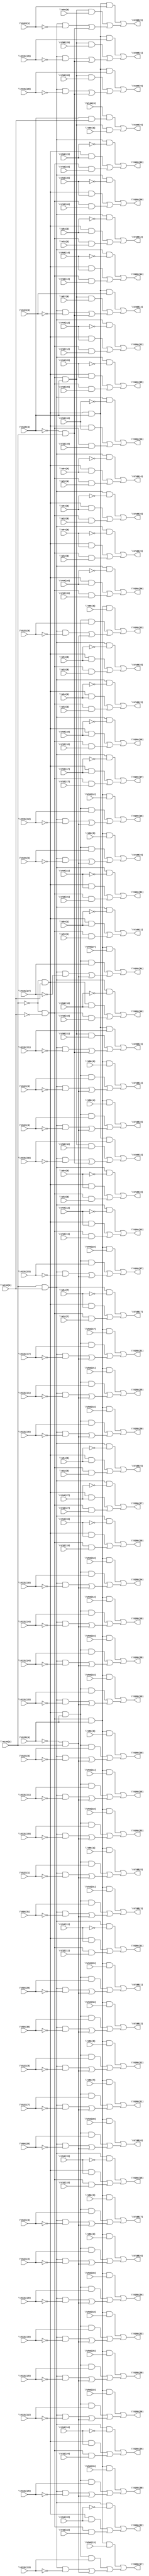
// IWLS benchmark module "i6" printed on Wed May 29 17:26:49 2002
module i6(\V138(0) , \V138(2) , \V32(27) , \V32(26) , \V32(25) , \V32(24) , \V32(23) , \V32(22) , \V32(21) , \V32(20) , \V32(19) , \V32(18) , \V32(17) , \V32(16) , \V32(15) , \V32(14) , \V32(13) , \V32(12) , \V32(11) , \V32(10) , \V32(9) , \V32(8) , \V32(7) , \V32(6) , \V32(5) , \V32(4) , \V32(3) , \V32(2) , \V32(1) , \V32(0) , \V64(27) , \V64(26) , \V64(25) , \V64(24) , \V64(23) , \V64(22) , \V64(21) , \V64(20) , \V64(19) , \V64(18) , \V64(17) , \V64(16) , \V64(15) , \V64(14) , \V64(13) , \V64(12) , \V64(11) , \V64(10) , \V64(9) , \V64(8) , \V64(7) , \V64(6) , \V64(5) , \V64(4) , \V64(3) , \V64(2) , \V64(1) , \V64(0) , \V96(27) , \V138(4) , \V96(26) , \V96(25) , \V96(24) , \V96(23) , \V96(22) , \V96(21) , \V96(20) , \V96(19) , \V96(18) , \V96(17) , \V96(16) , \V96(15) , \V96(14) , \V96(13) , \V96(12) , \V96(11) , \V96(10) , \V96(9) , \V96(8) , \V96(7) , \V96(6) , \V96(5) , \V96(4) , \V96(3) , \V96(2) , \V96(1) , \V96(0) , \V32(31) , \V32(30) , \V32(29) , \V32(28) , \V131(27) , \V131(26) , \V131(25) , \V131(24) , \V131(23) , \V131(22) , \V131(21) , \V131(20) , \V131(19) , \V131(18) , \V131(17) , \V131(16) , \V131(15) , \V131(14) , \V131(13) , \V131(12) , \V131(11) , \V131(10) , \V131(9) , \V131(8) , \V131(7) , \V131(6) , \V131(5) , \V131(4) , \V131(3) , \V131(2) , \V131(1) , \V131(0) , \V64(31) , \V64(30) , \V64(29) , \V64(28) , \V99(0) , \V138(3) , \V98(0) , \V97(0) , \V96(31) , \V96(30) , \V96(29) , \V96(28) , \V134(0) , \V133(1) , \V133(0) , \V131(31) , \V131(30) , \V131(29) , \V131(28) , \V166(27) , \V166(26) , \V166(25) , \V166(24) , \V166(23) , \V166(22) , \V166(21) , \V166(20) , \V166(19) , \V166(18) , \V166(17) , \V166(16) , \V166(15) , \V166(14) , \V166(13) , \V166(12) , \V166(11) , \V166(10) , \V166(9) , \V166(8) , \V166(7) , \V166(6) , \V166(5) , \V166(4) , \V166(3) , \V166(2) , \V166(1) , \V166(0) , \V198(31) , \V198(30) , \V198(29) , \V198(28) , \V198(27) , \V198(26) , \V198(25) , \V198(24) , \V198(23) , \V198(22) , \V198(21) , \V198(20) , \V198(19) , \V198(18) , \V198(17) , \V198(16) , \V198(15) , \V198(14) , \V198(13) , \V198(12) , \V198(11) , \V198(10) , \V198(9) , \V198(8) , \V198(7) , \V198(6) , \V198(5) , \V198(4) , \V198(3) , \V198(2) , \V198(1) , \V198(0) , \V205(6) , \V205(5) , \V205(4) , \V205(3) , \V205(2) , \V205(1) , \V205(0) );
input
  \V32(30) ,
  \V138(3) ,
  \V138(2) ,
  \V138(4) ,
  \V138(0) ,
  \V32(0) ,
  \V32(1) ,
  \V32(2) ,
  \V32(3) ,
  \V32(4) ,
  \V32(5) ,
  \V131(27) ,
  \V32(6) ,
  \V131(26) ,
  \V32(7) ,
  \V131(29) ,
  \V32(8) ,
  \V131(28) ,
  \V32(9) ,
  \V96(0) ,
  \V96(1) ,
  \V131(21) ,
  \V96(2) ,
  \V131(20) ,
  \V96(3) ,
  \V131(23) ,
  \V96(4) ,
  \V96(13) ,
  \V131(22) ,
  \V96(5) ,
  \V96(12) ,
  \V131(25) ,
  \V96(6) ,
  \V97(0) ,
  \V96(15) ,
  \V131(24) ,
  \V96(7) ,
  \V96(14) ,
  \V131(17) ,
  \V96(8) ,
  \V131(16) ,
  \V96(9) ,
  \V131(19) ,
  \V96(11) ,
  \V131(18) ,
  \V96(10) ,
  \V98(0) ,
  \V96(17) ,
  \V96(16) ,
  \V131(11) ,
  \V96(19) ,
  \V131(10) ,
  \V99(0) ,
  \V96(18) ,
  \V131(13) ,
  \V96(23) ,
  \V131(12) ,
  \V96(22) ,
  \V131(15) ,
  \V64(13) ,
  \V96(25) ,
  \V131(14) ,
  \V64(12) ,
  \V96(24) ,
  \V64(15) ,
  \V64(14) ,
  \V96(21) ,
  \V96(20) ,
  \V64(11) ,
  \V64(10) ,
  \V96(27) ,
  \V96(26) ,
  \V64(17) ,
  \V96(29) ,
  \V64(16) ,
  \V96(28) ,
  \V131(3) ,
  \V64(19) ,
  \V131(2) ,
  \V64(18) ,
  \V131(5) ,
  \V64(23) ,
  \V131(4) ,
  \V64(22) ,
  \V32(13) ,
  \V64(25) ,
  \V32(12) ,
  \V64(24) ,
  \V32(15) ,
  \V131(1) ,
  \V32(14) ,
  \V96(31) ,
  \V131(0) ,
  \V96(30) ,
  \V64(21) ,
  \V64(20) ,
  \V32(11) ,
  \V32(10) ,
  \V131(7) ,
  \V131(6) ,
  \V131(9) ,
  \V131(31) ,
  \V64(27) ,
  \V131(8) ,
  \V131(30) ,
  \V64(26) ,
  \V32(17) ,
  \V64(29) ,
  \V32(16) ,
  \V64(28) ,
  \V32(19) ,
  \V32(18) ,
  \V133(1) ,
  \V32(23) ,
  \V133(0) ,
  \V64(0) ,
  \V32(22) ,
  \V64(1) ,
  \V32(25) ,
  \V64(2) ,
  \V32(24) ,
  \V64(3) ,
  \V64(4) ,
  \V64(31) ,
  \V64(5) ,
  \V64(30) ,
  \V32(21) ,
  \V64(6) ,
  \V134(0) ,
  \V32(20) ,
  \V64(7) ,
  \V64(8) ,
  \V64(9) ,
  \V32(27) ,
  \V32(26) ,
  \V32(29) ,
  \V32(28) ,
  \V32(31) ;
output
  \V198(7) ,
  \V198(6) ,
  \V198(9) ,
  \V198(8) ,
  \V166(3) ,
  \V166(2) ,
  \V166(5) ,
  \V166(4) ,
  \V166(1) ,
  \V166(0) ,
  \V166(7) ,
  \V166(6) ,
  \V166(9) ,
  \V198(27) ,
  \V166(8) ,
  \V205(3) ,
  \V198(26) ,
  \V205(2) ,
  \V198(29) ,
  \V205(5) ,
  \V198(28) ,
  \V205(4) ,
  \V205(1) ,
  \V205(0) ,
  \V198(21) ,
  \V198(20) ,
  \V198(23) ,
  \V198(22) ,
  \V205(6) ,
  \V198(25) ,
  \V198(24) ,
  \V198(17) ,
  \V198(16) ,
  \V166(27) ,
  \V198(19) ,
  \V166(26) ,
  \V198(18) ,
  \V198(11) ,
  \V198(10) ,
  \V166(21) ,
  \V198(13) ,
  \V166(20) ,
  \V198(12) ,
  \V166(23) ,
  \V198(15) ,
  \V166(22) ,
  \V198(14) ,
  \V166(25) ,
  \V166(24) ,
  \V166(17) ,
  \V166(16) ,
  \V166(19) ,
  \V166(18) ,
  \V166(11) ,
  \V166(10) ,
  \V166(13) ,
  \V166(12) ,
  \V166(15) ,
  \V166(14) ,
  \V198(3) ,
  \V198(2) ,
  \V198(5) ,
  \V198(4) ,
  \V198(31) ,
  \V198(30) ,
  \V198(1) ,
  \V198(0) ;
wire
  \[60] ,
  \[61] ,
  \[62] ,
  \[63] ,
  \[64] ,
  \[65] ,
  \[66] ,
  \[67] ,
  \[68] ,
  \[69] ,
  \[0] ,
  \[1] ,
  \[2] ,
  \[3] ,
  \[4] ,
  \[70] ,
  \[5] ,
  \[71] ,
  \[6] ,
  \[72] ,
  \[7] ,
  \[73] ,
  \[8] ,
  \[74] ,
  \[9] ,
  \[10] ,
  \[11] ,
  \[12] ,
  \[13] ,
  \[14] ,
  \[15] ,
  \[16] ,
  \[17] ,
  \[18] ,
  \[19] ,
  \[20] ,
  \[21] ,
  \[22] ,
  V451,
  \[23] ,
  \[24] ,
  \[25] ,
  \[26] ,
  \[27] ,
  \[28] ,
  \[29] ,
  \[30] ,
  \[31] ,
  \[32] ,
  \[33] ,
  \[34] ,
  \[35] ,
  \[36] ,
  \[37] ,
  \[38] ,
  \[39] ,
  \[40] ,
  \[41] ,
  \[42] ,
  \[43] ,
  \[44] ,
  \[45] ,
  \[46] ,
  \[47] ,
  \[48] ,
  \[49] ,
  \[50] ,
  \[51] ,
  \[52] ,
  \[53] ,
  \[54] ,
  \[55] ,
  \[56] ,
  \[57] ,
  \[58] ,
  \[59] ;
assign
  \[60]  = (\V134(0)  & (\V138(3)  & \V138(0) )) | (\[72]  & \V99(0) ),
  \[61]  = (\[73]  & \V133(1) ) | ((\[72]  & \V98(0) ) | ((\[69]  & ~\V133(1) ) | \[74] )),
  \[62]  = (\[73]  & \V133(0) ) | ((\[72]  & \V97(0) ) | ((\[69]  & ~\V133(0) ) | \[74] )),
  \V198(7)  = \[52] ,
  \[63]  = (\[73]  & \V131(31) ) | ((\[72]  & \V96(31) ) | ((\[69]  & ~\V131(31) ) | \[74] )),
  \V198(6)  = \[53] ,
  \[64]  = (\[73]  & \V131(30) ) | ((\[72]  & \V96(30) ) | ((\[69]  & ~\V131(30) ) | \[74] )),
  \V198(9)  = \[50] ,
  \[65]  = (\[73]  & \V131(29) ) | ((\[72]  & \V96(29) ) | ((\[69]  & ~\V131(29) ) | \[74] )),
  \V198(8)  = \[51] ,
  \[66]  = (\[73]  & \V131(28) ) | ((\[72]  & \V96(28) ) | ((\[69]  & ~\V131(28) ) | \[74] )),
  \[67]  = ~\V138(2)  & ~\V138(0) ,
  \[68]  = ~\V138(2)  & \V138(0) ,
  \[69]  = \V138(2)  & \V138(0) ,
  \[0]  = (\[69]  & ~\V64(27) ) | ((\[68]  & \V64(27) ) | (\[67]  & \V32(27) )),
  \[1]  = (\[69]  & ~\V64(26) ) | ((\[68]  & \V64(26) ) | (\[67]  & \V32(26) )),
  \[2]  = (\[69]  & ~\V64(25) ) | ((\[68]  & \V64(25) ) | (\[67]  & \V32(25) )),
  \[3]  = (\[69]  & ~\V64(24) ) | ((\[68]  & \V64(24) ) | (\[67]  & \V32(24) )),
  \[4]  = (\[69]  & ~\V64(23) ) | ((\[68]  & \V64(23) ) | (\[67]  & \V32(23) )),
  \[70]  = \[68]  & \V138(4) ,
  \[5]  = (\[69]  & ~\V64(22) ) | ((\[68]  & \V64(22) ) | (\[67]  & \V32(22) )),
  \[71]  = \[67]  & \V138(4) ,
  \[6]  = (\[69]  & ~\V64(21) ) | ((\[68]  & \V64(21) ) | (\[67]  & \V32(21) )),
  \[72]  = \[67]  & \V138(3) ,
  \[7]  = (\[69]  & ~\V64(20) ) | ((\[68]  & \V64(20) ) | (\[67]  & \V32(20) )),
  \[73]  = \[68]  & \V138(3) ,
  \[8]  = (\[69]  & ~\V64(19) ) | ((\[68]  & \V64(19) ) | (\[67]  & \V32(19) )),
  \[74]  = ~\V138(3)  & \V138(2) ,
  \[9]  = (\[69]  & ~\V64(18) ) | ((\[68]  & \V64(18) ) | (\[67]  & \V32(18) )),
  \[10]  = (\[69]  & ~\V64(17) ) | ((\[68]  & \V64(17) ) | (\[67]  & \V32(17) )),
  \[11]  = (\[69]  & ~\V64(16) ) | ((\[68]  & \V64(16) ) | (\[67]  & \V32(16) )),
  \V166(3)  = \[24] ,
  \[12]  = (\[69]  & ~\V64(15) ) | ((\[68]  & \V64(15) ) | (\[67]  & \V32(15) )),
  \V166(2)  = \[25] ,
  \[13]  = (\[69]  & ~\V64(14) ) | ((\[68]  & \V64(14) ) | (\[67]  & \V32(14) )),
  \V166(5)  = \[22] ,
  \[14]  = (\[69]  & ~\V64(13) ) | ((\[68]  & \V64(13) ) | (\[67]  & \V32(13) )),
  \V166(4)  = \[23] ,
  \[15]  = (\[69]  & ~\V64(12) ) | ((\[68]  & \V64(12) ) | (\[67]  & \V32(12) )),
  \[16]  = (\[69]  & ~\V64(11) ) | ((\[68]  & \V64(11) ) | (\[67]  & \V32(11) )),
  \[17]  = (\[69]  & ~\V64(10) ) | ((\[68]  & \V64(10) ) | (\[67]  & \V32(10) )),
  \V166(1)  = \[26] ,
  \[18]  = (\[69]  & ~\V64(9) ) | ((\[68]  & \V64(9) ) | (\[67]  & \V32(9) )),
  \V166(0)  = \[27] ,
  \[19]  = (\[69]  & ~\V64(8) ) | ((\[68]  & \V64(8) ) | (\[67]  & \V32(8) )),
  \V166(7)  = \[20] ,
  \V166(6)  = \[21] ,
  \V166(9)  = \[18] ,
  \V198(27)  = \[32] ,
  \[20]  = (\[69]  & ~\V64(7) ) | ((\[68]  & \V64(7) ) | (\[67]  & \V32(7) )),
  \V166(8)  = \[19] ,
  \V205(3)  = \[63] ,
  \V198(26)  = \[33] ,
  \[21]  = (\[69]  & ~\V64(6) ) | ((\[68]  & \V64(6) ) | (\[67]  & \V32(6) )),
  \V205(2)  = \[64] ,
  \V198(29)  = \[30] ,
  \[22]  = (\[69]  & ~\V64(5) ) | ((\[68]  & \V64(5) ) | (\[67]  & \V32(5) )),
  \V205(5)  = \[61] ,
  V451 = ~\V138(4)  & \V138(2) ,
  \V198(28)  = \[31] ,
  \[23]  = (\[69]  & ~\V64(4) ) | ((\[68]  & \V64(4) ) | (\[67]  & \V32(4) )),
  \V205(4)  = \[62] ,
  \[24]  = (\[69]  & ~\V64(3) ) | ((\[68]  & \V64(3) ) | (\[67]  & \V32(3) )),
  \[25]  = (\[69]  & ~\V64(2) ) | ((\[68]  & \V64(2) ) | (\[67]  & \V32(2) )),
  \[26]  = (\[69]  & ~\V64(1) ) | ((\[68]  & \V64(1) ) | (\[67]  & \V32(1) )),
  \V205(1)  = \[65] ,
  \[27]  = (\[69]  & ~\V64(0) ) | ((\[68]  & \V64(0) ) | (\[67]  & \V32(0) )),
  \V205(0)  = \[66] ,
  \[28]  = (\[71]  & \V96(27) ) | ((\[70]  & \V131(27) ) | ((\[69]  & ~\V131(27) ) | V451)),
  \[29]  = (\[71]  & \V96(26) ) | ((\[70]  & \V131(26) ) | ((\[69]  & ~\V131(26) ) | V451)),
  \V198(21)  = \[38] ,
  \V198(20)  = \[39] ,
  \V198(23)  = \[36] ,
  \V198(22)  = \[37] ,
  \V205(6)  = \[60] ,
  \V198(25)  = \[34] ,
  \V198(24)  = \[35] ,
  \V198(17)  = \[42] ,
  \[30]  = (\[71]  & \V96(25) ) | ((\[70]  & \V131(25) ) | ((\[69]  & ~\V131(25) ) | V451)),
  \V198(16)  = \[43] ,
  \V166(27)  = \[0] ,
  \[31]  = (\[71]  & \V96(24) ) | ((\[70]  & \V131(24) ) | ((\[69]  & ~\V131(24) ) | V451)),
  \V198(19)  = \[40] ,
  \V166(26)  = \[1] ,
  \[32]  = (\[71]  & \V96(23) ) | ((\[70]  & \V131(23) ) | ((\[69]  & ~\V131(23) ) | V451)),
  \V198(18)  = \[41] ,
  \[33]  = (\[71]  & \V96(22) ) | ((\[70]  & \V131(22) ) | ((\[69]  & ~\V131(22) ) | V451)),
  \[34]  = (\[71]  & \V96(21) ) | ((\[70]  & \V131(21) ) | ((\[69]  & ~\V131(21) ) | V451)),
  \[35]  = (\[71]  & \V96(20) ) | ((\[70]  & \V131(20) ) | ((\[69]  & ~\V131(20) ) | V451)),
  \[36]  = (\[71]  & \V96(19) ) | ((\[70]  & \V131(19) ) | ((\[69]  & ~\V131(19) ) | V451)),
  \[37]  = (\[71]  & \V96(18) ) | ((\[70]  & \V131(18) ) | ((\[69]  & ~\V131(18) ) | V451)),
  \[38]  = (\[71]  & \V96(17) ) | ((\[70]  & \V131(17) ) | ((\[69]  & ~\V131(17) ) | V451)),
  \[39]  = (\[71]  & \V96(16) ) | ((\[70]  & \V131(16) ) | ((\[69]  & ~\V131(16) ) | V451)),
  \V198(11)  = \[48] ,
  \V198(10)  = \[49] ,
  \V166(21)  = \[6] ,
  \V198(13)  = \[46] ,
  \V166(20)  = \[7] ,
  \V198(12)  = \[47] ,
  \V166(23)  = \[4] ,
  \V198(15)  = \[44] ,
  \V166(22)  = \[5] ,
  \V198(14)  = \[45] ,
  \V166(25)  = \[2] ,
  \V166(24)  = \[3] ,
  \[40]  = (\[71]  & \V96(15) ) | ((\[70]  & \V131(15) ) | ((\[69]  & ~\V131(15) ) | V451)),
  \V166(17)  = \[10] ,
  \[41]  = (\[71]  & \V96(14) ) | ((\[70]  & \V131(14) ) | ((\[69]  & ~\V131(14) ) | V451)),
  \V166(16)  = \[11] ,
  \[42]  = (\[71]  & \V96(13) ) | ((\[70]  & \V131(13) ) | ((\[69]  & ~\V131(13) ) | V451)),
  \V166(19)  = \[8] ,
  \[43]  = (\[71]  & \V96(12) ) | ((\[70]  & \V131(12) ) | ((\[69]  & ~\V131(12) ) | V451)),
  \V166(18)  = \[9] ,
  \[44]  = (\[71]  & \V96(11) ) | ((\[70]  & \V131(11) ) | ((\[69]  & ~\V131(11) ) | V451)),
  \[45]  = (\[71]  & \V96(10) ) | ((\[70]  & \V131(10) ) | ((\[69]  & ~\V131(10) ) | V451)),
  \[46]  = (\[71]  & \V96(9) ) | ((\[70]  & \V131(9) ) | ((\[69]  & ~\V131(9) ) | V451)),
  \[47]  = (\[71]  & \V96(8) ) | ((\[70]  & \V131(8) ) | ((\[69]  & ~\V131(8) ) | V451)),
  \[48]  = (\[71]  & \V96(7) ) | ((\[70]  & \V131(7) ) | ((\[69]  & ~\V131(7) ) | V451)),
  \[49]  = (\[71]  & \V96(6) ) | ((\[70]  & \V131(6) ) | ((\[69]  & ~\V131(6) ) | V451)),
  \V166(11)  = \[16] ,
  \V166(10)  = \[17] ,
  \V166(13)  = \[14] ,
  \V166(12)  = \[15] ,
  \V166(15)  = \[12] ,
  \V166(14)  = \[13] ,
  \[50]  = (\[71]  & \V96(5) ) | ((\[70]  & \V131(5) ) | ((\[69]  & ~\V131(5) ) | V451)),
  \[51]  = (\[71]  & \V96(4) ) | ((\[70]  & \V131(4) ) | ((\[69]  & ~\V131(4) ) | V451)),
  \[52]  = (\[71]  & \V96(3) ) | ((\[70]  & \V131(3) ) | ((\[69]  & ~\V131(3) ) | V451)),
  \[53]  = (\[71]  & \V96(2) ) | ((\[70]  & \V131(2) ) | ((\[69]  & ~\V131(2) ) | V451)),
  \[54]  = (\[71]  & \V96(1) ) | ((\[70]  & \V131(1) ) | ((\[69]  & ~\V131(1) ) | V451)),
  \[55]  = (\[71]  & \V96(0) ) | ((\[70]  & \V131(0) ) | ((\[69]  & ~\V131(0) ) | V451)),
  \[56]  = (\[71]  & \V32(31) ) | ((\[70]  & \V64(31) ) | ((\[69]  & ~\V64(31) ) | V451)),
  \V198(3)  = \[56] ,
  \[57]  = (\[71]  & \V32(30) ) | ((\[70]  & \V64(30) ) | ((\[69]  & ~\V64(30) ) | V451)),
  \V198(2)  = \[57] ,
  \[58]  = (\[71]  & \V32(29) ) | ((\[70]  & \V64(29) ) | ((\[69]  & ~\V64(29) ) | V451)),
  \V198(5)  = \[54] ,
  \[59]  = (\[71]  & \V32(28) ) | ((\[70]  & \V64(28) ) | ((\[69]  & ~\V64(28) ) | V451)),
  \V198(4)  = \[55] ,
  \V198(31)  = \[28] ,
  \V198(30)  = \[29] ,
  \V198(1)  = \[58] ,
  \V198(0)  = \[59] ;
endmodule